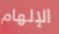
الإلهام